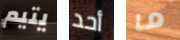
يتيم أحد ما